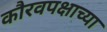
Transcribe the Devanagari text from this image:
कौरवपक्षाच्या